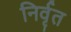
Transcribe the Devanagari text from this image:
निर्वृत